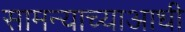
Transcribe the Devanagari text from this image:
सामन्याच्याआधी